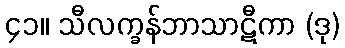
၄၁။ သီလက္ခန်ဘာသာဋီကာ (ဒု)